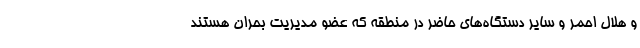
و هلال احمر و سایر دستگاه‌های حاضر در منطقه که عضو مدیریت بحران هستند